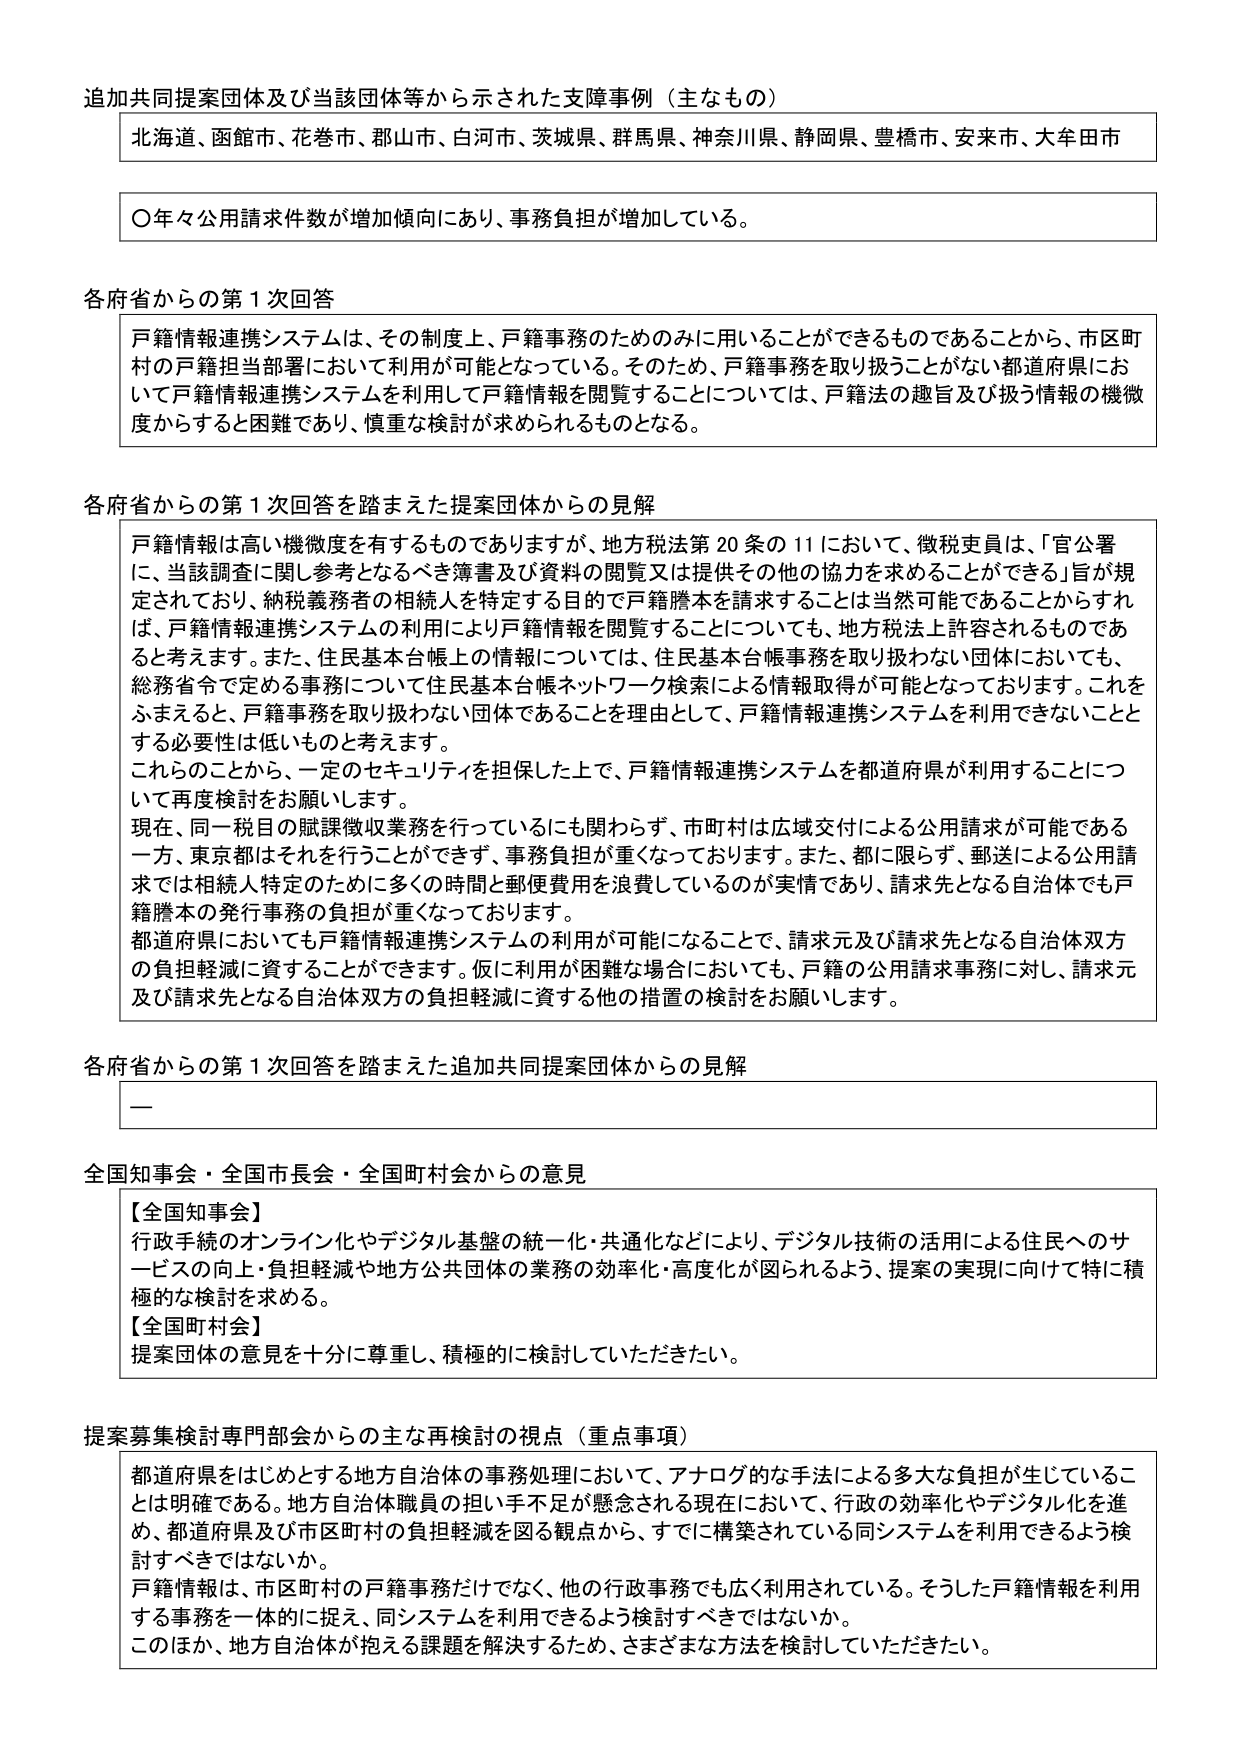
追加共同提案団体及び当該団体等から示された支援事例（主なもの）

北海道、函館市、花巻市、郡山市、白河市、茨城県、群馬県、神奈川県、静岡県、豊橋市、安来市、大牟田市

○年々公用請求件数が増加傾向にあり、事務負担が増加している。

各府省からの第1次回答

戸籍情報連携システムは、その制度上、戸籍事務のためのみに用いることができるものであることから、市区町村の戸籍担当部署において利用が可能となっている。そのため、戸籍事務を取り扱うことがない都道府県において戸籍情報連携システムを利用して戸籍情報を閲覧することについては、戸籍法の趣旨及び扱う情報の機微度からすると困難であり、慎重な検討が求められるものとなる。

各府省からの第1次回答を踏まえた提案団体からの見解

戸籍情報は高い機微度を有するものでありますが、地方税法第20条の11において、徴税吏員は、「官公署に、当該調査に関し参考となるべき簿書及び資料の閲覧又は提供を求める他の協力を求めることができる」旨が規定されており、納税義務者の相続人を特定する目的で戸籍謄本を請求することは当然可能であることからすれば、戸籍情報連携システムの利用により戸籍情報を閲覧することについても、地方税法上許容されるものであると考えます。また、住民基本台帳上の情報については、住民基本台帳事務を取り扱わない団体においても、総務省令で定める事務について住民基本台帳ネットワーク検索による情報取得が可能となっております。これをふまえると、戸籍事務を取り扱わない団体であることを理由として、戸籍情報連携システムを利用できないこととする必要性は低いものと考えます。

これらのことから、一定のセキュリティを担保した上で、戸籍情報連携システムを都道府県が利用することについて再度検討をお願いします。

現在、同一税目の賦課徴収業務を行っているにも関わらず、市町村は広域交付による公用請求が可能である一方、東京都はそれを行うことができず、事務負担が重くなっております。また、都に限らず、郵送による公用請求では相続人特定のために多くの時間と郵便費用を浪費しているのが実情であり、請求先となる自治体でも戸籍謄本の発行事務の負担が重くなっております。

都道府県においても戸籍情報連携システムの利用が可能になることで、請求元及び請求先となる自治体双方の負担軽減に資することができます。仮に利用が困難な場合においても、戸籍の公用請求事務に対し、請求元及び請求先となる自治体双方の負担軽減に資する他の措置の検討をお願いします。

各府省からの第1次回答を踏まえた追加共同提案団体からの見解

—

全国知事会・全国市長会・全国町村会からの意見

【全国知事会】
行政手続のオンライン化やデジタル基盤の統一化・共通化などにより、デジタル技術の活用による住民へのサービスの向上・負担軽減や地方公共団体の業務の効率化・高度化が図られるよう、提案の実現に向けて特に積極的な検討を求める。

【全国町村会】
提案団体の意見を十分に尊重し、積極的に検討していただきたい。

提案募集検討専門部会からの主な再検討の視点（重点事項）

都道府県をはじめとする地方自治体の事務処理において、アナログ的な手法による多大な負担が生じていることは明確である。地方自治体職員の担い手不足が懸念される現在において、行政の効率化やデジタル化を進め、都道府県及び市区町村の負担軽減を図る観点から、すでに構築されている同システムを利用できるよう検討すべきではないか。

戸籍情報は、市区町村の戸籍事務だけでなく、他の行政事務でも広く利用されている。そうした戸籍情報を利用する事務を一体的に捉え、同システムを利用できるよう検討すべきではないか。

このほか、地方自治体が抱える課題を解決するため、さまざまな方法を検討していただきたい。